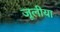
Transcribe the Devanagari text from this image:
जूलीया